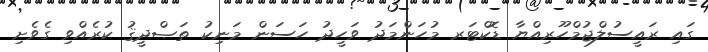
ގައި ރައީސުލްޖުމްހޫރިއްޔާ ޑޮކްޓަރ މުހަންމަދު ވަހީދު ހަސަން މަނިކު ތަޞްދީޤު ކުރެއްވި ގެވެށި